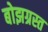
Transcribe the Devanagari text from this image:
बोझग्रस्त